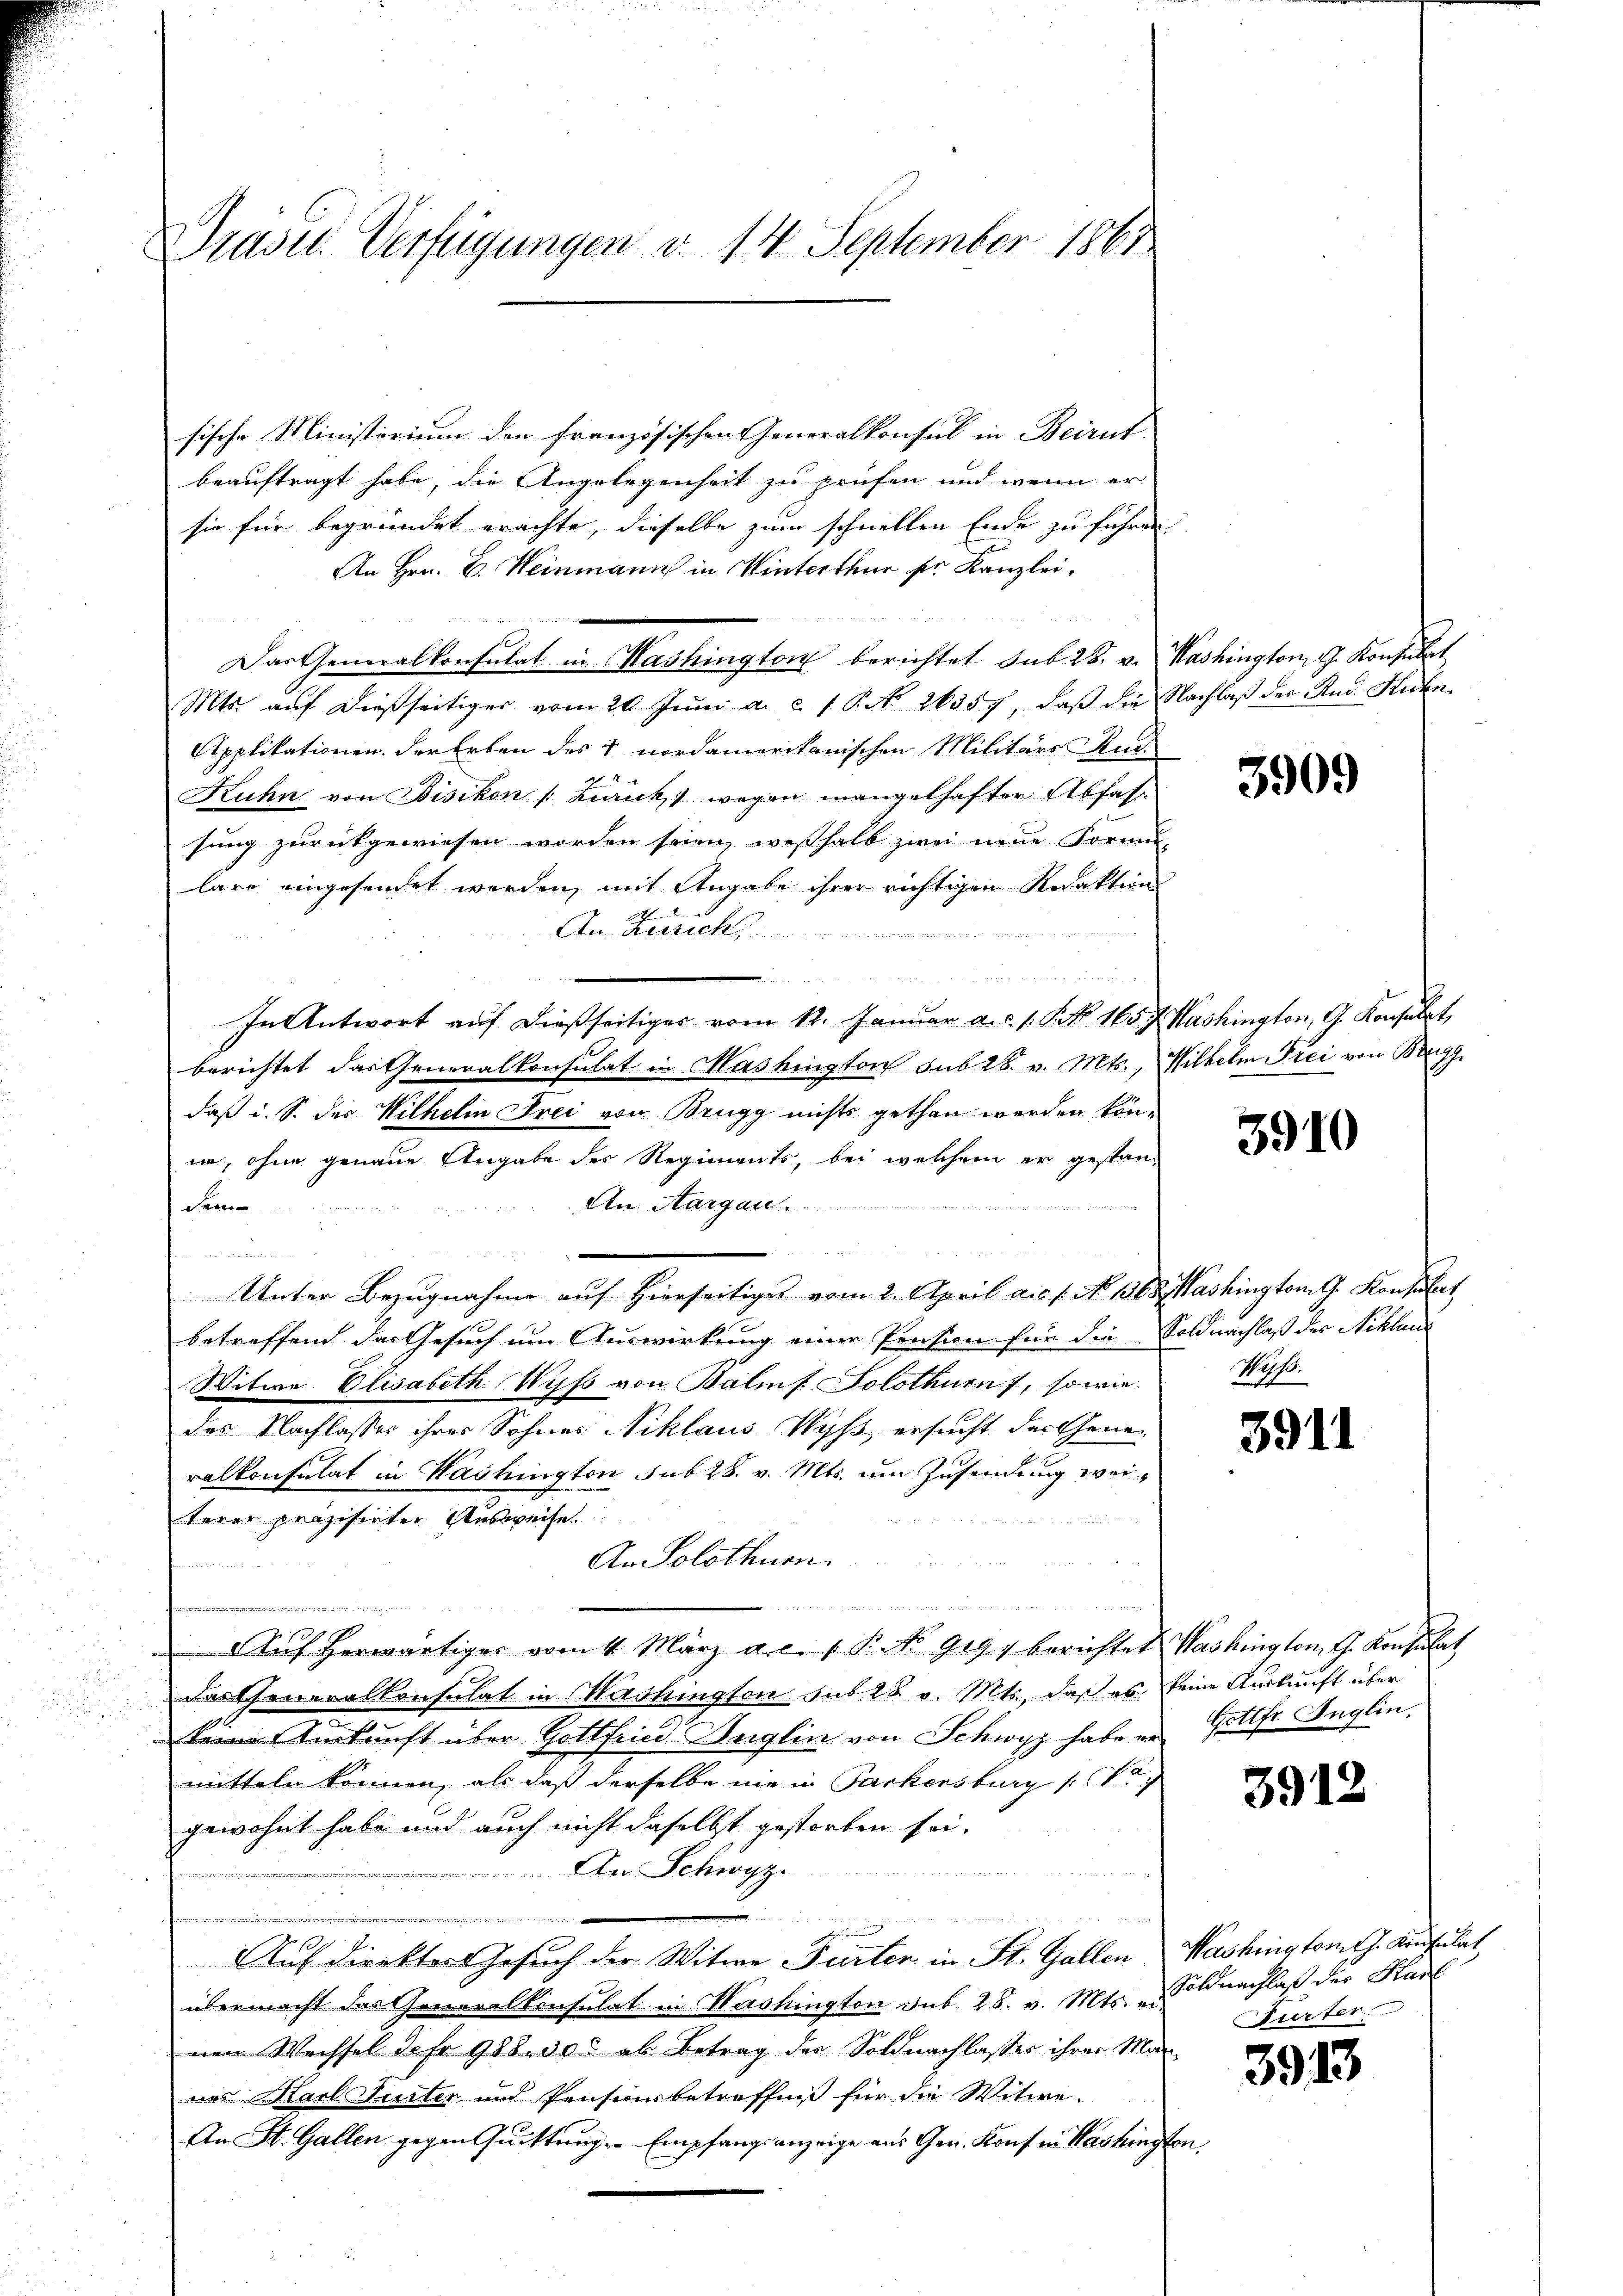
Prasil. Verfügungen d. 14. September 1867.

sische Ministerium den französischen Generalkonsul in Beirut
beauftragt habe, die Angelegenheit zu prüfen und wenn er
sie für begründet erachte, dieselbe zum schnellen Ende zu führen
An Hrn. B. Weinmann in Winterthur sie Kanzlei.

Das Generalkonsulat in Washington berichtet sub 28. v. Washington G. Konsulat
Mts. auf dießseitiger vom 20 Juni a. c. 1 S. No. 26357, daß die Nachlaß der And. Kuhn
Applikationen. Der Erben des 1 nordamerikanischen Militärs An-
Kuhn von Bisikon (Lauck) wegen mangelhafter Abfass
sung zurückgewiesen worden seien, weßhalb zwei neue Formu-
lare eingesendet werden, mit Angabe ihrer richtigen Redaktion
An Zürich
u

In Antwort auf dießseitiges vom 12. Januar a.c. s. N. N. 165 f. Washington, G. Konsulat,
berichtet das Generalkonsulat in Mashington sub 28. v. Mts., Wilhelm Frei von Brugg
daß i. S. des Wilhelm Frei von Brugg nichts gethan werden köni, ohne genaue Angabe des Regiments, bei welchem er gestan¬
An Aargau  ..  .. ..
dem
n der
Unter Bezugnahme auf hierseitiges vom 2. April a.c. s. No 1368, Washington G. Konsulat
betreffend das Gesuch um Auswirkung einer Pension für die Soldnachlaß des Schland
Witwe Elisabeth Wyss von Balinf Solothurnf, sowie
des Nachlasses ihrer Sohnes Niklaus Wyss, ersucht der Generalkonsulat in Washington sub 28. v. Mts. um Zusendung weiterer präzisirter Ausweise.

An Solothurn.
e
.
1
Auf herwärtiger vom 4. März a. c. 1 P. No. 9197 berichtet Washington G. Konsulat
das Generalkonsulat in Washington sub 28. v. Mts., daß es keine Auskunft über
keine Auskunft über Gottfrin Inglin von Schwyz habe er Gottfr. Anglin,
mitteln können, als daß derselbe nie in Parkersburg (Tr
gewohnt habe und auch nicht daselbst gestorben sei.
An Schwyz.
Auf direktor Gesuch der Witwe Fürten in St. Gallen Washingtons J. Konsulat
übermacht das Generalkonsulat in Washington sub 28. v. Mts. u Soldnachlaß der Hart
nen Weissel da Fr. 988. 500 ab Betrag der Soldnachlasses ihrer Mar-
nes Karl Suster und Pensirbetreffniß für die Witwe.
An St. Gallen gegen Quittung. Empfangsanzeige aus Gen. Konf in Vashington,

3909

3910

Wolf.

3911

3912

urter

3913